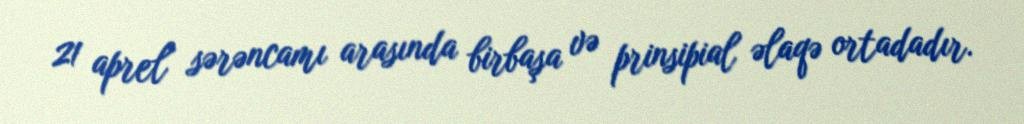
21 aprel sərəncamı arasında birbaşa və prinsipial əlaqə ortadadır.